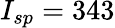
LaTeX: I_{sp}=343